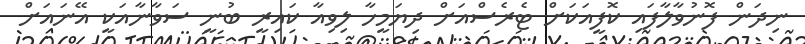
ނިދަން ފޮނުވާލާފައި ކޮފީއަކަށް ޓެރެސްއަށް ދިޔަމީހާ ލިވިއާ ކައިރީ ބުނީ ސަވާނާއަކީ އޭނައަށް